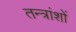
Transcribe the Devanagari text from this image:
तन्त्रांशों